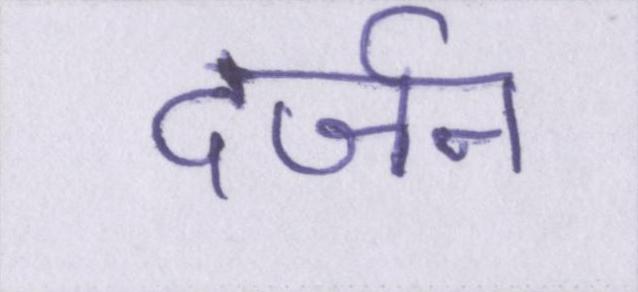
दर्जन